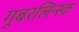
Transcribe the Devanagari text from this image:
गूबरलिन्स्क